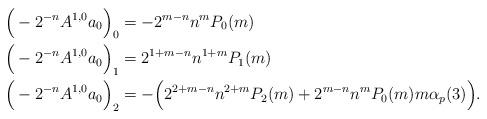
LaTeX: \begin{align*}\Big(-2^{-n}A^{1,0}a_0\Big)_0 &= -2^{m-n} n^m P_0(m) \\ \Big(-2^{-n}A^{1,0}a_0\Big)_1 &= 2^{1+m-n}n^{1+m} P_1(m) \\\Big(-2^{-n}A^{1,0}a_0\Big)_2 &= -\Big(2^{2+m-n}n^{2+m} P_2(m) + 2^{m-n} n^m P_0(m) m \alpha_p(3)\Big).\end{align*}